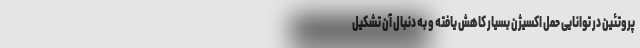
پروتئین در توانایی حمل اکسیژن بسیار کاهش یافته و به دنبال آن تشکیل